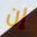
إن